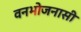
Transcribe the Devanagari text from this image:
वनभोजनासी